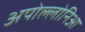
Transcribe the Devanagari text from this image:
अपोल्लोनिआ